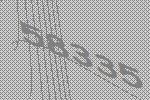
58335